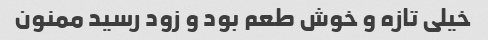
خیلی تازه و خوش طعم بود و زود رسید ممنون